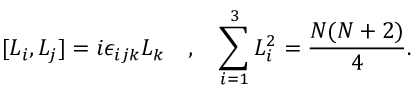
[ L _ { i } , L _ { j } ] = i \epsilon _ { i j k } L _ { k } \quad , \quad \sum _ { i = 1 } ^ { 3 } L _ { i } ^ { 2 } = \frac { N ( N + 2 ) } { 4 } .